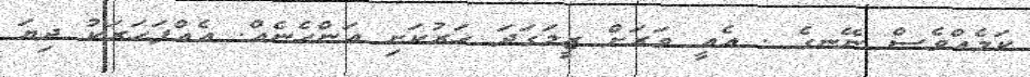
ކަމެއްވެސް ނޭނގެ . އެއީ ވަރަށް ޒީލަގަދަ ހަރުކަށި އަންހެނެއް. އެއްފަހަރަކު ދިޔަ